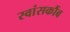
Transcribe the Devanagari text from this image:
स्वांसकौंब